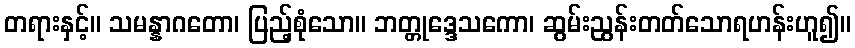
တရားနှင့်။ သမန္နာဂတော၊ ပြည့်စုံသော။ ဘတ္တုဒ္ဒေသကော၊ ဆွမ်းညွန်းတတ်သောရဟန်းဟူ၍။